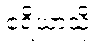
ဧရိယာသို့